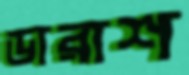
ডারাশ